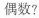
偶数?